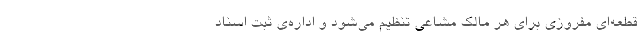
قطعه‌ای مفروزی برای هر مالک مشاعی تنظیم می‌شود و اداره‌ی ثبت اسناد